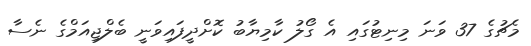
މެޗުގެ 37 ވަނަ މިނިޓުގައި އެ ގޯލު ކާމިޔާބު ކޮށްދީފައިވަނީ ބެލްޖިއަމްގެ ނެސާ